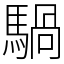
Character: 騧